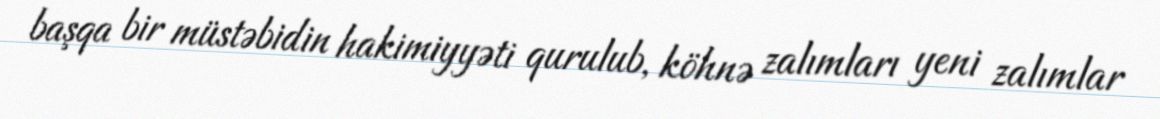
başqa bir müstəbidin hakimiyyəti qurulub, köhnə zalımları yeni zalımlar